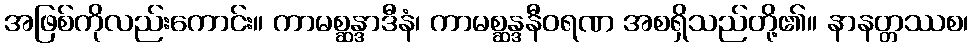
အဖြစ်ကိုလည်းကောင်း။ ကာမစ္ဆန္ဒာဒီနံ၊ ကာမစ္ဆန္ဒနီဝရဏ အစရှိသည်တို့၏။ နာနတ္တဿစ၊